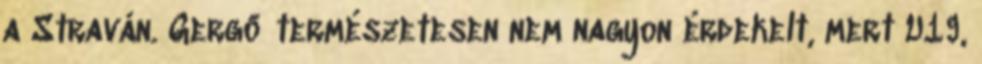
a Straván. Gergő természetesen nem nagyon érdekelt, mert U19,